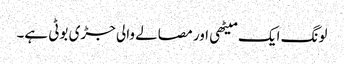
لونگ ایک میٹھی اور مصالے والی جڑی بوٹی ہے۔